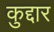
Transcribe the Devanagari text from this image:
कुद्दार